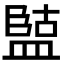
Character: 𭾏